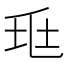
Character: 𡊥